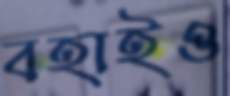
বহাইও